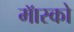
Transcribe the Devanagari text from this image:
मॅास्को